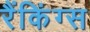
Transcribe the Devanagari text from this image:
रैंकिंग्स